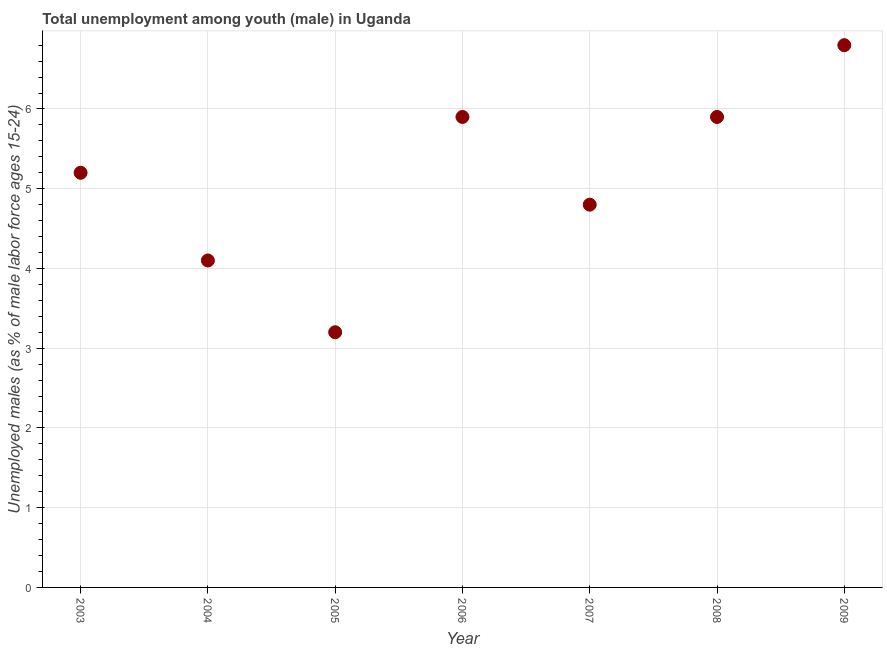
| Year | Unemployment |
 | --- | --- |
 | 2003 | 5.2 |
 | 2004 | 4.1 |
 | 2005 | 3.2 |
 | 2006 | 5.9 |
 | 2007 | 4.8 |
 | 2008 | 5.9 |
 | 2009 | 6.8 |